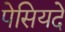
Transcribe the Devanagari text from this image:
पेसियदे